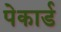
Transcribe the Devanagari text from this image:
पेकार्ड